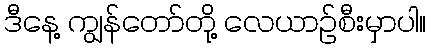
ဒီနေ့ ကျွန်တော်တို့ လေယာဉ်စီးမှာပါ။